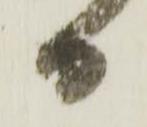
日